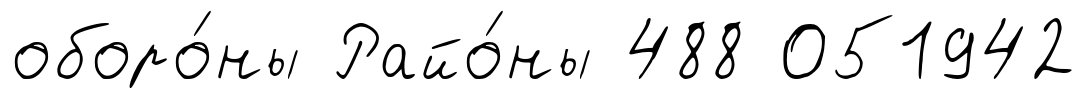
оборо́ны Райо́ны 488 051942